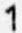
1